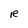
Character: R